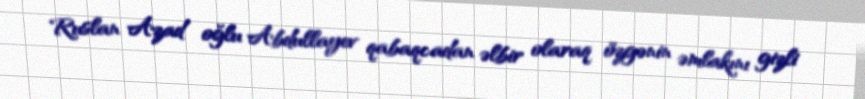
Ruslan Azad oğlu Abdullayev qabaqcadan əlbir olaraq özgənin əmlakını gizli